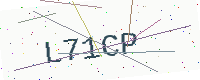
Text: L71CP